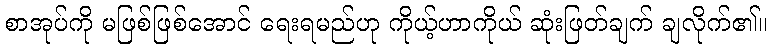
စာအုပ်ကို မဖြစ်ဖြစ်အောင် ရေးရမည်ဟု ကိုယ့်ဟာကိုယ် ဆုံးဖြတ်ချက် ချလိုက်၏။